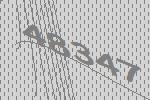
48347